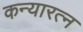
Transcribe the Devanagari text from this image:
कन्यारत्न